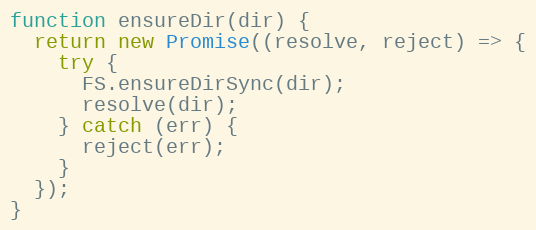
Language: JavaScript
function ensureDir(dir) {
  return new Promise((resolve, reject) => {
    try {
      FS.ensureDirSync(dir);
      resolve(dir);
    } catch (err) {
      reject(err);
    }
  });
}